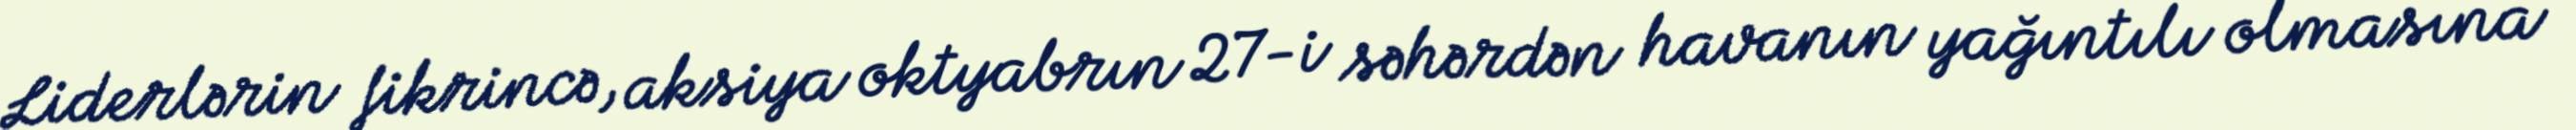
Liderlərin fikrincə, aksiya oktyabrın 27-i səhərdən havanın yağıntılı olmasına